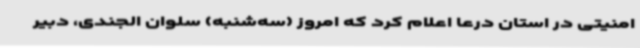
امنیتی در استان درعا اعلام کرد که امروز (سه‌شنبه) سلوان الجندی، دبیر